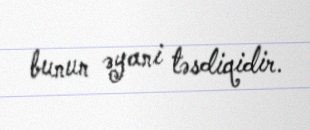
bunun əyani təsdiqidir.